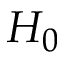
H _ { 0 }